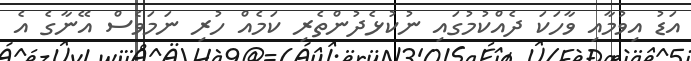
އަޑު އިވުމާއި ވާހަކަ ދެއްކުމުގައި ނުކުޅެދުންތެރި ކަމެއް ހުރި ނަމަވެސް އޭނާގެ އެ